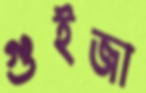
গুইজা